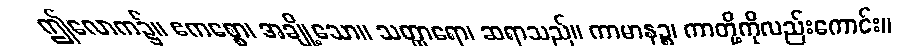
ဤလောက၌။ ဧကစ္စော၊ အချို့သော။ သတ္ထာရော၊ ဆရာသည်။ ကာမာနဉ္စ၊ ကာတို့ကိုလည်းကောင်း။